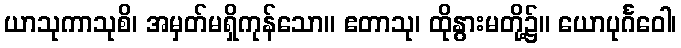
ယာသုကာသုစိ၊ အမှတ်မရှိကုန်သော။ ဧတာသု၊ ထိုနွားမတို့၌။ ယောပုင်္ဂဝေါ၊